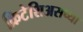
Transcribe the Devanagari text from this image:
क्रिटेशिअसच्या